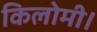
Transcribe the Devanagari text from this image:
किलोमी।